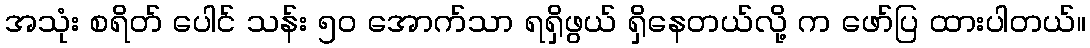
အသုံး စရိတ် ပေါင် သန်း ၅၀ အောက်သာ ရရှိဖွယ် ရှိနေတယ်လို့ က ဖော်ပြ ထားပါတယ်။